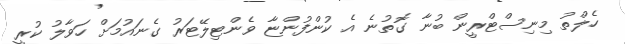
ހެލްތު މިނިސްޓްރީން ބުނާ ގޮތުނެ އެ ކުންފުންޏާ ވެންޓިލޭޓަރު ގެނައުމަށް ހަވާލު ކުރީ